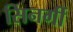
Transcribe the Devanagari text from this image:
सिनर्गी